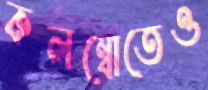
কলম্বোতেও